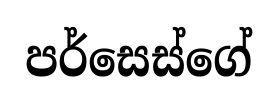
පර්සෙස්ගේ